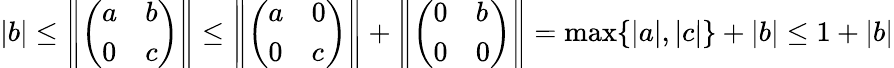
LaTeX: |b|\leq\left\| \left(\begin{array}{ll}{a}&{b}\\ {0}&{c}\end{array}\right)\right\| \leq\left\| \left(\begin{array}{ll}{a}&{0}\\ {0}&{c}\end{array}\right)\right\| +\left\| \left(\begin{array}{ll}{0}&{b}\\ {0}&{0}\end{array}\right)\right\| =\operatorname*{max}\{ |a|,|c|\} +|b|\leq 1+|b|